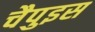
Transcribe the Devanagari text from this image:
चैपुइस